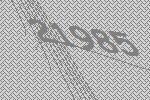
21985